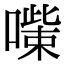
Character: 𠾋